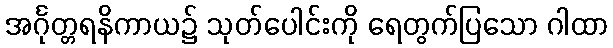
အင်္ဂုတ္တရနိကာယ၌ သုတ်ပေါင်းကို ရေတွက်ပြသော ဂါထာ